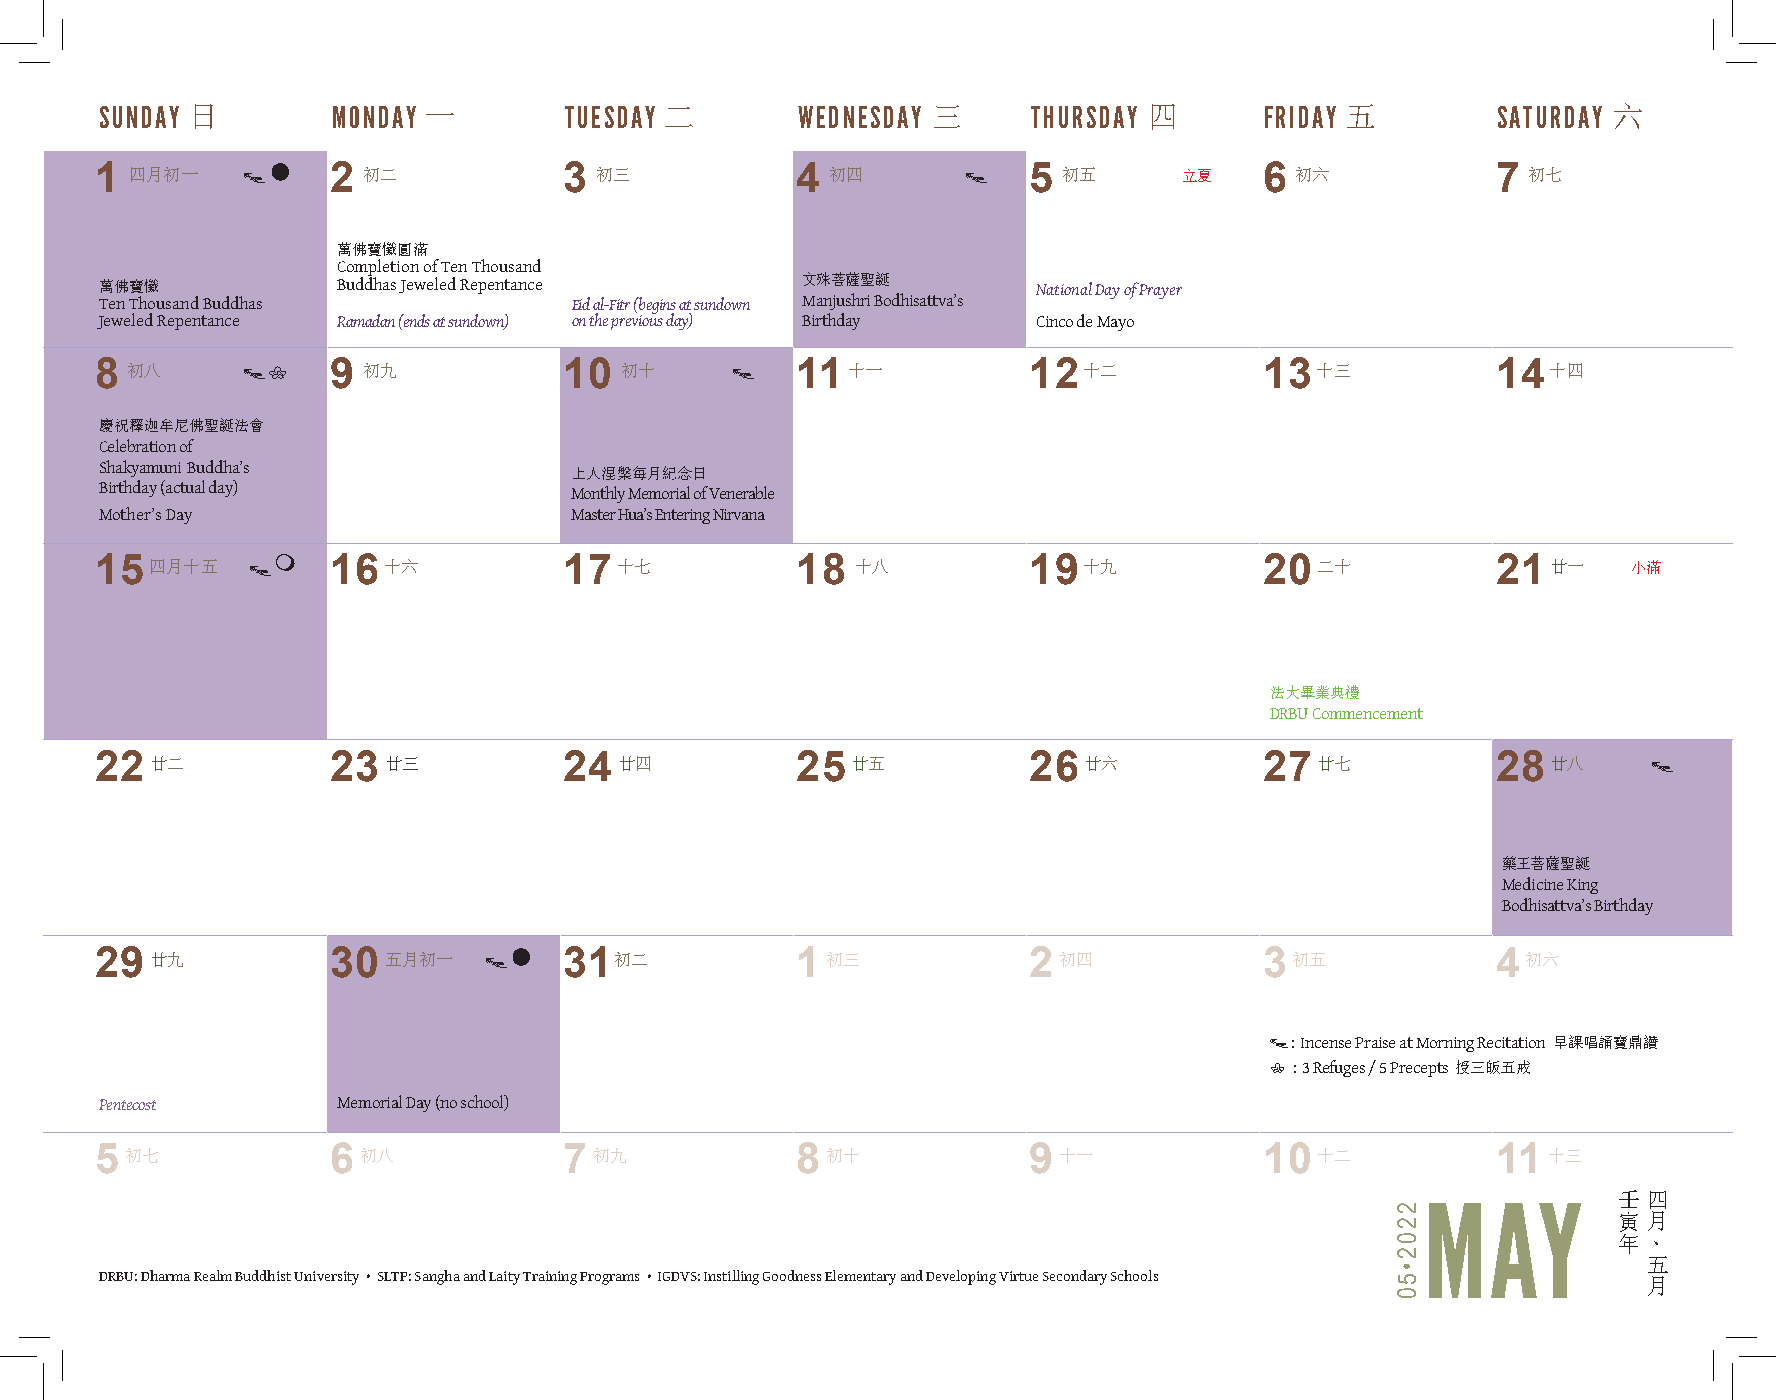
SUNDAY 日       MONDAY 一       TUESDAY 二       WEDNESDAY 三    THURSDAY 四      FRIDAY 五       SATURDAY 六
 1  四月初一   tl    2 初二           3 初三            4 初四       t   5 初五      立夏    6 初六           7 初七
 萬佛寶懺圓滿
 Completion of Ten Thousand
 萬佛寶懺           Buddhas Jeweled Repentance     文殊菩薩聖誕          National Day of Prayer
 Ten Thousand Buddhas           Eid al-Fitr (begins at sundown Manjushri Bodhisattva’s
 Jeweled Repentance Ramadan (ends at sundown) on the previous day) Birthday Cinco de Mayo
 8 初八      t6    9 初九           10  初十      t   11 十一          12  十二          13 十三          14  十四
 慶祝釋迦牟尼佛聖誕法會
 Celebration of
 Shakyamuni Buddha’s            上人涅槃每月紀念日
 Birthday (actual day)
 Monthly Memorial of Venerable
 Mother’s Day                   Master Hua’s Entering Nirvana
 15  四月十五   tm   16 十六          17  十七          18  十八         19  十九          20 二十          21  廿一   小滿
 法大畢業典禮
 DRBU Commencement
 22  廿二          23 廿三          24  廿四          25 廿五          26  廿六          27 廿七          28  廿八    t
 藥王菩薩聖誕
 Medicine King
 Bodhisattva’s Birthday
 29  廿九          30 五月初一   tl   31初二            1 初三           2 初四            3 初五           4 初六
 t: Incense Praise at Morning Recitation 早課唱誦寶鼎讚
 6 : 3 Refuges / 5 Precepts 授三皈五戒
 Pentecost      Memorial Day (no school)
 5 初七            6 初八           7 初九            8 初十           9 十一            10 十二          11 十三
 壬 四
 MAY
 寅 月
 年 、
 五
 DRBU: Dharma Realm Buddhist University • SLTP: Sangha and Laity Training Programs • IGDVS: Instilling Goodness Elementary and Developing Virtue Secondary Schools
 月
 2202•50